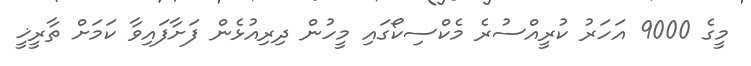
މީގެ 9000 އަހަރު ކުރީއްސުރެ މެކްސިކޯގައި މީހުން ދިރިއުޅެން ފަށާފައިވާ ކަމަށް ތާރީޚީ